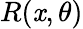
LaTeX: R(\mathit{x},\theta)